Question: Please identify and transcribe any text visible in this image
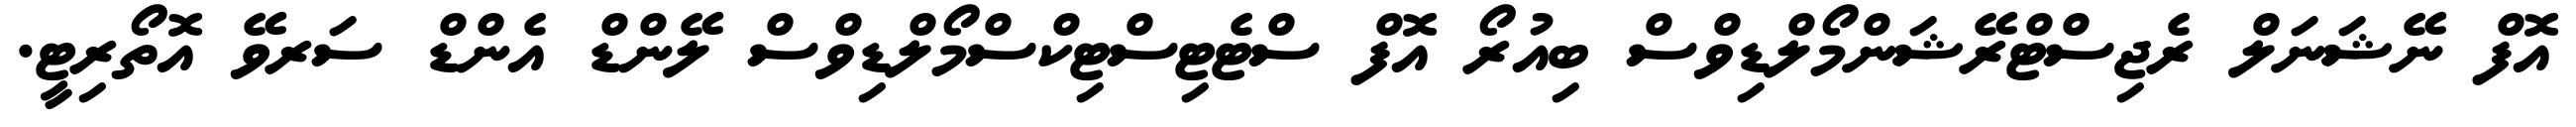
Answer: އޮފް ނޭޝަނަލް ރެޖިސްޓްރޭޝަންމޯލްޑިވްސް ބިއުރޯ އޮފް ސްޓެޓިސްޓިކްސްމޯލްޑިވްސް ލޭންޑް އެންޑް ސަރވޭ އޮތޯރިޓީ.